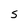
Character: S